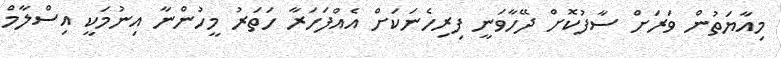
މިއާޔަތުން ވަރަށް ސާފުކޮށް ދޭހާވަނީ ފިރިހެނަކަށް އެއްފަހަރާ ހަތަރު މީހުންނާ އިނުމަކީ އިސްލާމް